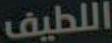
اللطيف